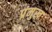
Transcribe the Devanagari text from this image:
प्रंमुख